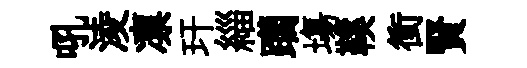
吼淩凛玕緇躪塲鞵衝賢